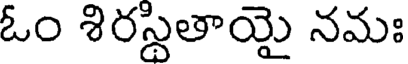
ఓం శిరస్థితాయై నమః